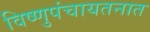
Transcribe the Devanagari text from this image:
विष्णुपंचायतनात